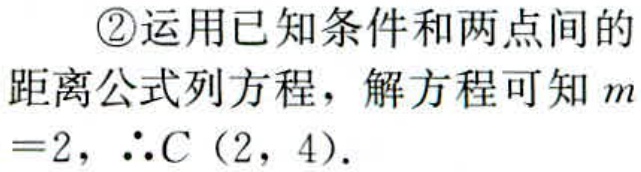
\textcircled{2}运用已知条件和两点间的
距离公式列方程，解方程可知 \(m\)
\(=2\)，\(\therefore C(2,4)\)。